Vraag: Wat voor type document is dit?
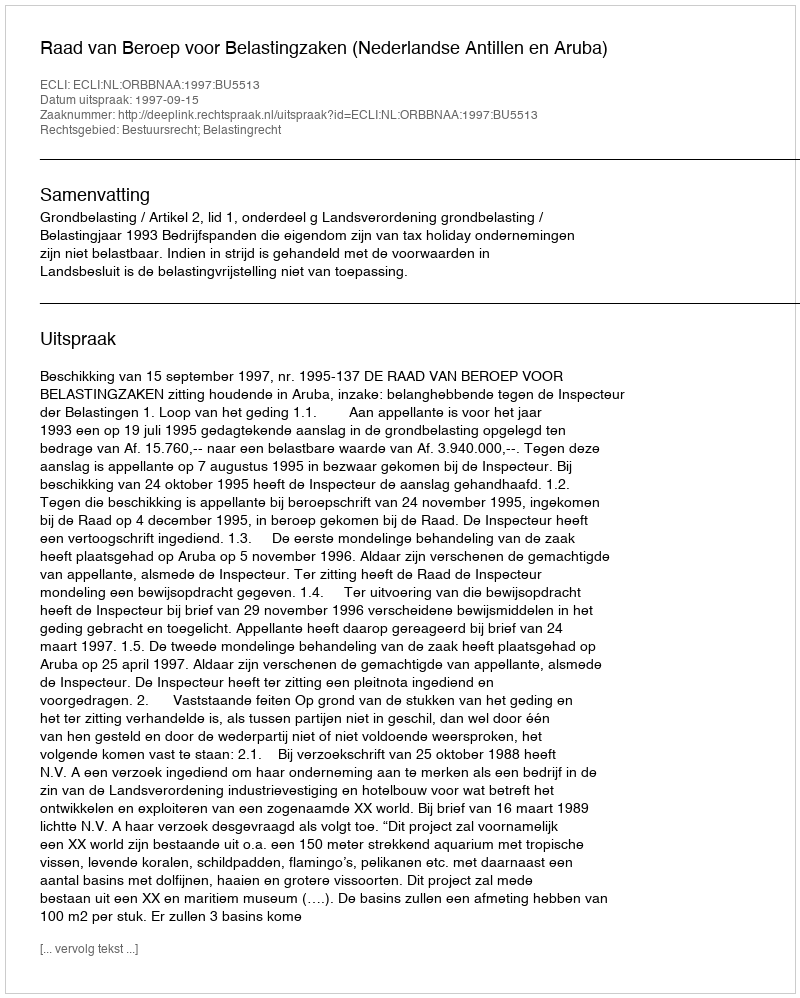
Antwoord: Uitspraak